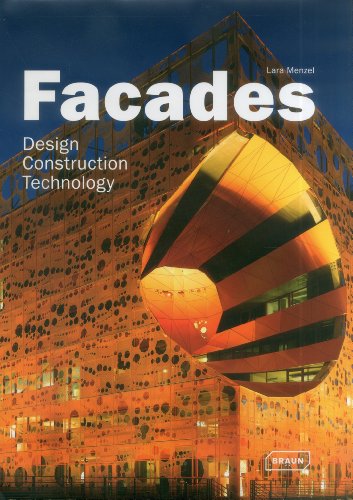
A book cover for FaÃ§ades: Design, Construction & Technology (Architecture in Focus); Lara Menzel; Arts & Photography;